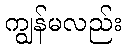
ကျွန်မလည်း